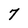
Character: 7